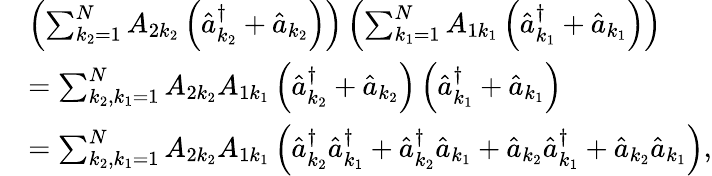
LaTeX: \begin{array}{rl}&{\left(\sum_{k_{2}=1}^{N}A_{2k_{2}}\left(\hat{a}_{k_{2}}^{\dagger}+\hat{a}_{k_{2}}\right)\right)\left(\sum_{k_{1}=1}^{N}A_{1k_{1}}\left(\hat{a}_{k_{1}}^{\dagger}+\hat{a}_{k_{1}}\right)\right)}\\ &{=\sum_{k_{2},k_{1}=1}^{N}A_{2k_{2}}A_{1k_{1}}\left(\hat{a}_{k_{2}}^{\dagger}+\hat{a}_{k_{2}}\right)\left(\hat{a}_{k_{1}}^{\dagger}+\hat{a}_{k_{1}}\right)}\\ &{=\sum_{k_{2},k_{1}=1}^{N}A_{2k_{2}}A_{1k_{1}}\left(\hat{a}_{k_{2}}^{\dagger}\hat{a}_{k_{1}}^{\dagger}+\hat{a}_{k_{2}}^{\dagger}\hat{a}_{k_{1}}+\hat{a}_{k_{2}}\hat{a}_{k_{1}}^{\dagger}+\hat{a}_{k_{2}}\hat{a}_{k_{1}}\right),}\end{array}